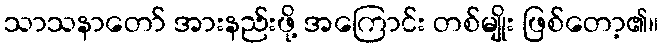
သာသနာတော် အားနည်းဖို့ အကြောင်း တစ်မျိုး ဖြစ်တော့၏။